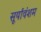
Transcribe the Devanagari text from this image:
सूर्यावंशम